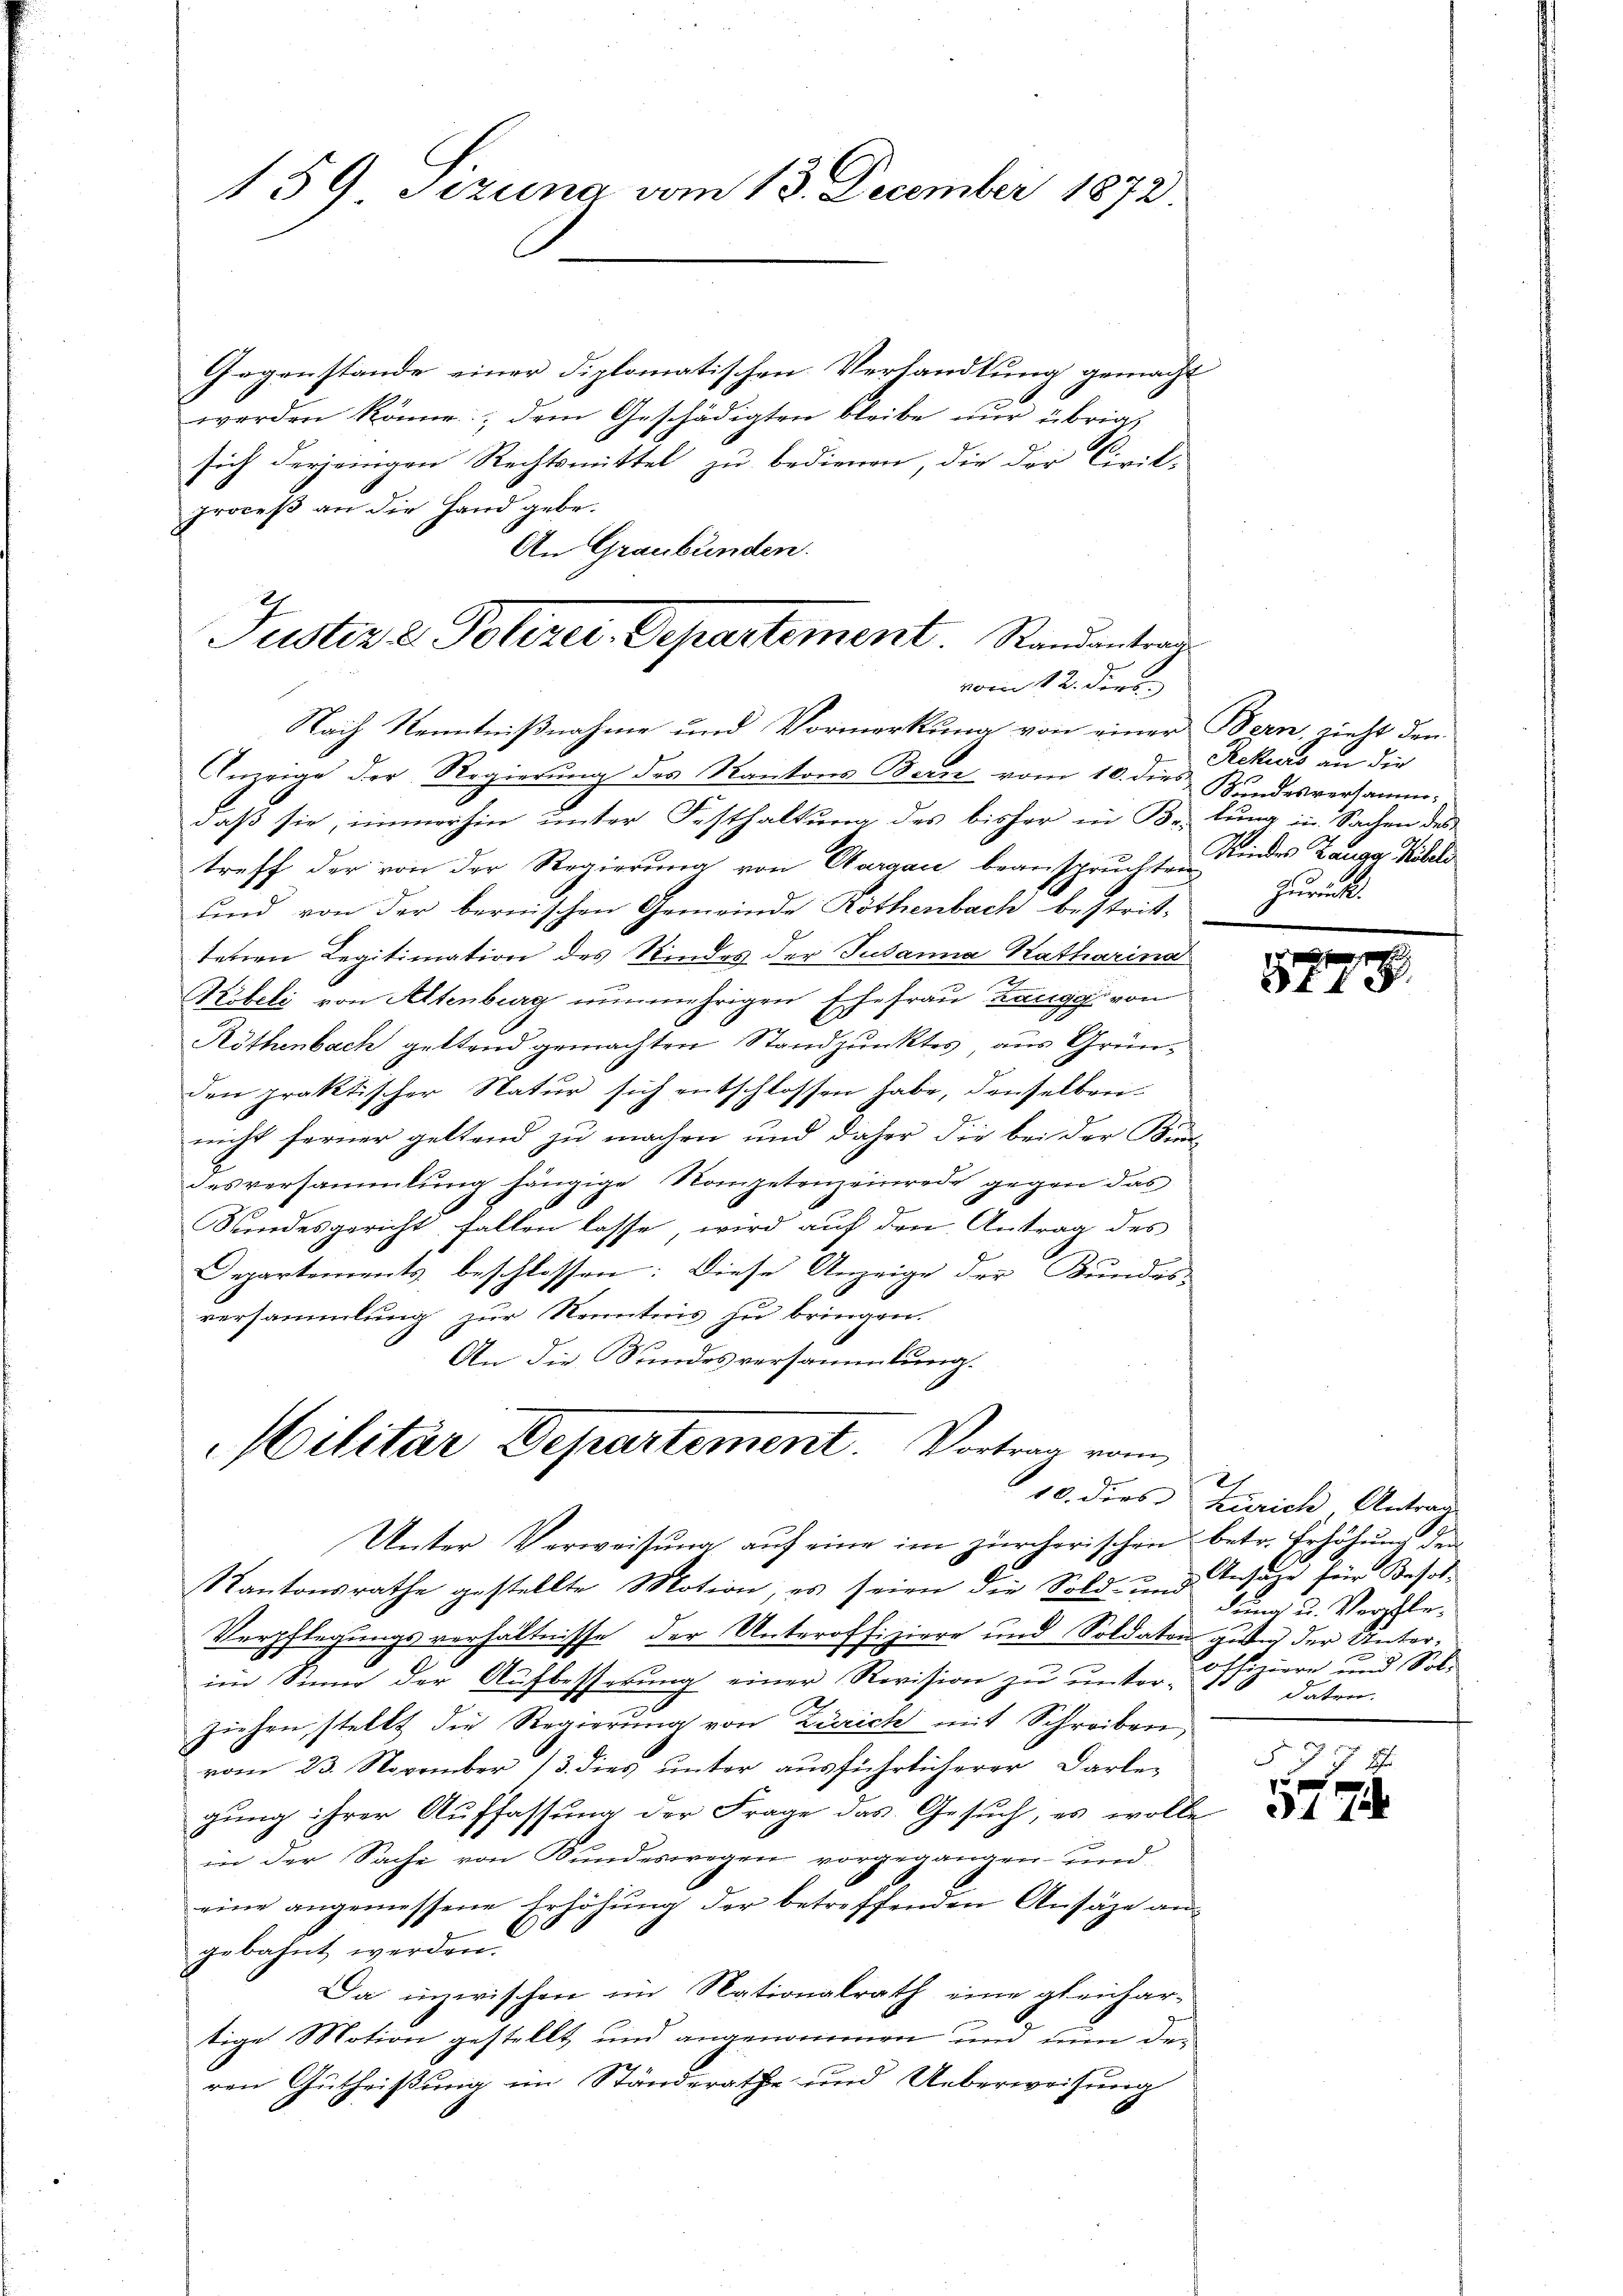
159 Sizung vom 13. December 1872.

Gegenstände einer diplomatischen Verhandlung gemacht
werden könne; dem Geschädigten bleibe nŭr übrig
sich derjenigen Rechtsmittel zu bedienen, die der Civil-
proceß an die Hand gebe.
An Graubünden.
Nach Kenntnißnahme und Vormerkung von einer Bern, rieht den
Anzeige der Regierung des Kantons Bern vom 10. dies Bundesversammdaß sie, immerhin unter Festhaltung des bisher in Belung in Sachen des
treff der von der Regierung von Aargau beanspruchten Kindes Zaugg Köbeli
und von der bernischen Gemeinde Röthenbach bestrittenen Legitimation des Kindes der Susanna Katharina
e
Köbeli von Altenburg nunmehrigen Ehefrau Zangg von
Köthenbach geltend gemachten Standpunktes, aus Gründen praktischer Natur sich entschlossen habe, denselben
nicht ferner geltend zu machen und daher die bei der Kin-
desversammlung hängige Kompetenzeinrede gegen das
Kundesgericht fallen lasse, wird auf den Antrag des
Departements beschlossen: Diese Anzeige der Bundes-
versammlung zur Kenntnis zu bringen.
An die Sundesversammlung.

Justiz & Polizer. Departement. Randantrag
vom 12. denen

Militär Departement. Vortrag vom

Unter Verweisŭng aŭf eine im zürcherischen betr. Erhöhŭng den
t Kantonsrathe gestellte Motion, es seien die Sold und Ansätze für Besol¬
Verpflegungsverhältnisse der Unteroffiziere und Soldaten gebig der Unterim Sinn der Aufbesserung einer Revision zu unter-Offiziere und Sole
ziehen stellt die Regierung von Zürich mit Schreiben,
vom 23. November 13. dies unter ausführlicherer Darle-
gung ihrer Auffassung der Frage das Gesuch, es wolle
in der Sache von Bundeswegen vorgegangen und
eine angemessene Erhöhŭng der betreffenden Ansätze an-
gebahnt werden.
Da inzwischen im Nationalrath eine gleichartige Motion gestellt und angenommen und nun der
ren Gutheißung im Standerathe und Ueberweisung

Rekurs an die
Zurück.

87

3.

Ih
10. dies Zürich, Antrag
dung u. Verpfledaten.

577 x
5774